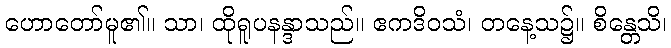
ဟောတော်မူ၏။ သာ၊ ထိုရူပနန္ဒာသည်။ ဧကဒိဝသံ၊ တနေ့သ၌။ စိန္တေသိ၊